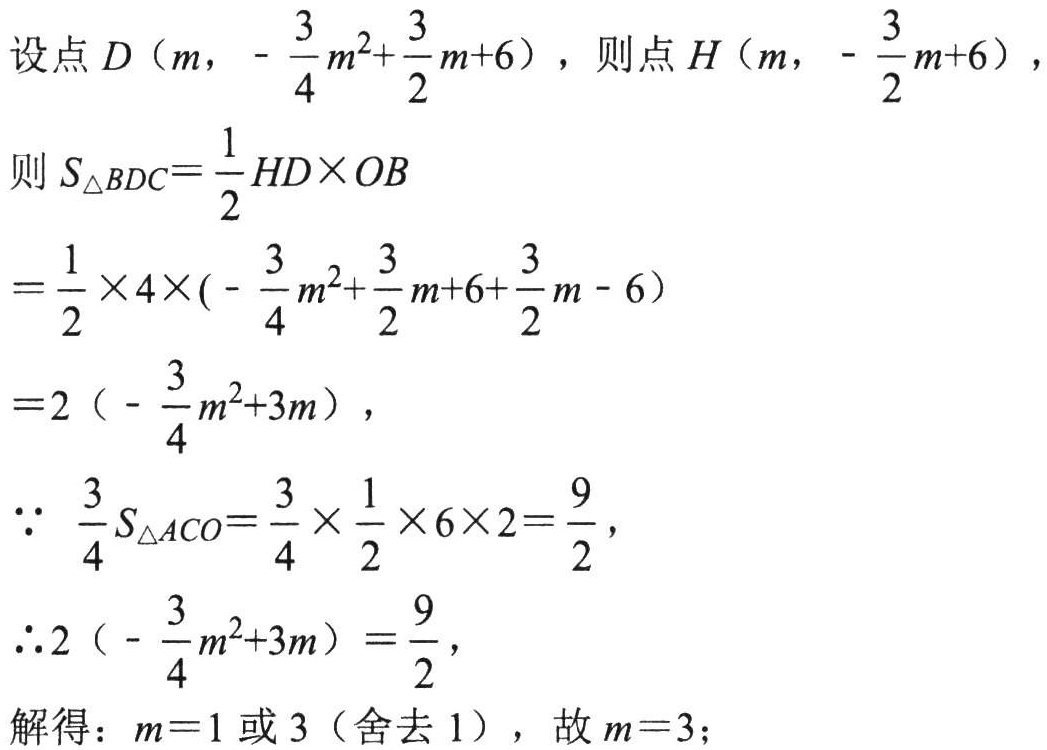
设点 \(D\left(m,-\frac{3}{4}m^{2}+\frac{3}{2}m + 6\right)\)，则点 \(H\left(m,-\frac{3}{2}m + 6\right)\)，
则 \(S_{\triangle BDC}=\frac{1}{2}HD\times OB\)
\(=\frac{1}{2}\times4\times\left(-\frac{3}{4}m^{2}+\frac{3}{2}m + 6+\frac{3}{2}m - 6\right)\)
\(=2\left(-\frac{3}{4}m^{2}+3m\right)\)，
\(\because\frac{3}{4}S_{\triangle ACO}=\frac{3}{4}\times\frac{1}{2}\times6\times2=\frac{9}{2}\)，
\(\therefore2\left(-\frac{3}{4}m^{2}+3m\right)=\frac{9}{2}\)，
解得：\(m = 1\) 或 \(3\)（舍去 \(1\)），故 \(m = 3\)；